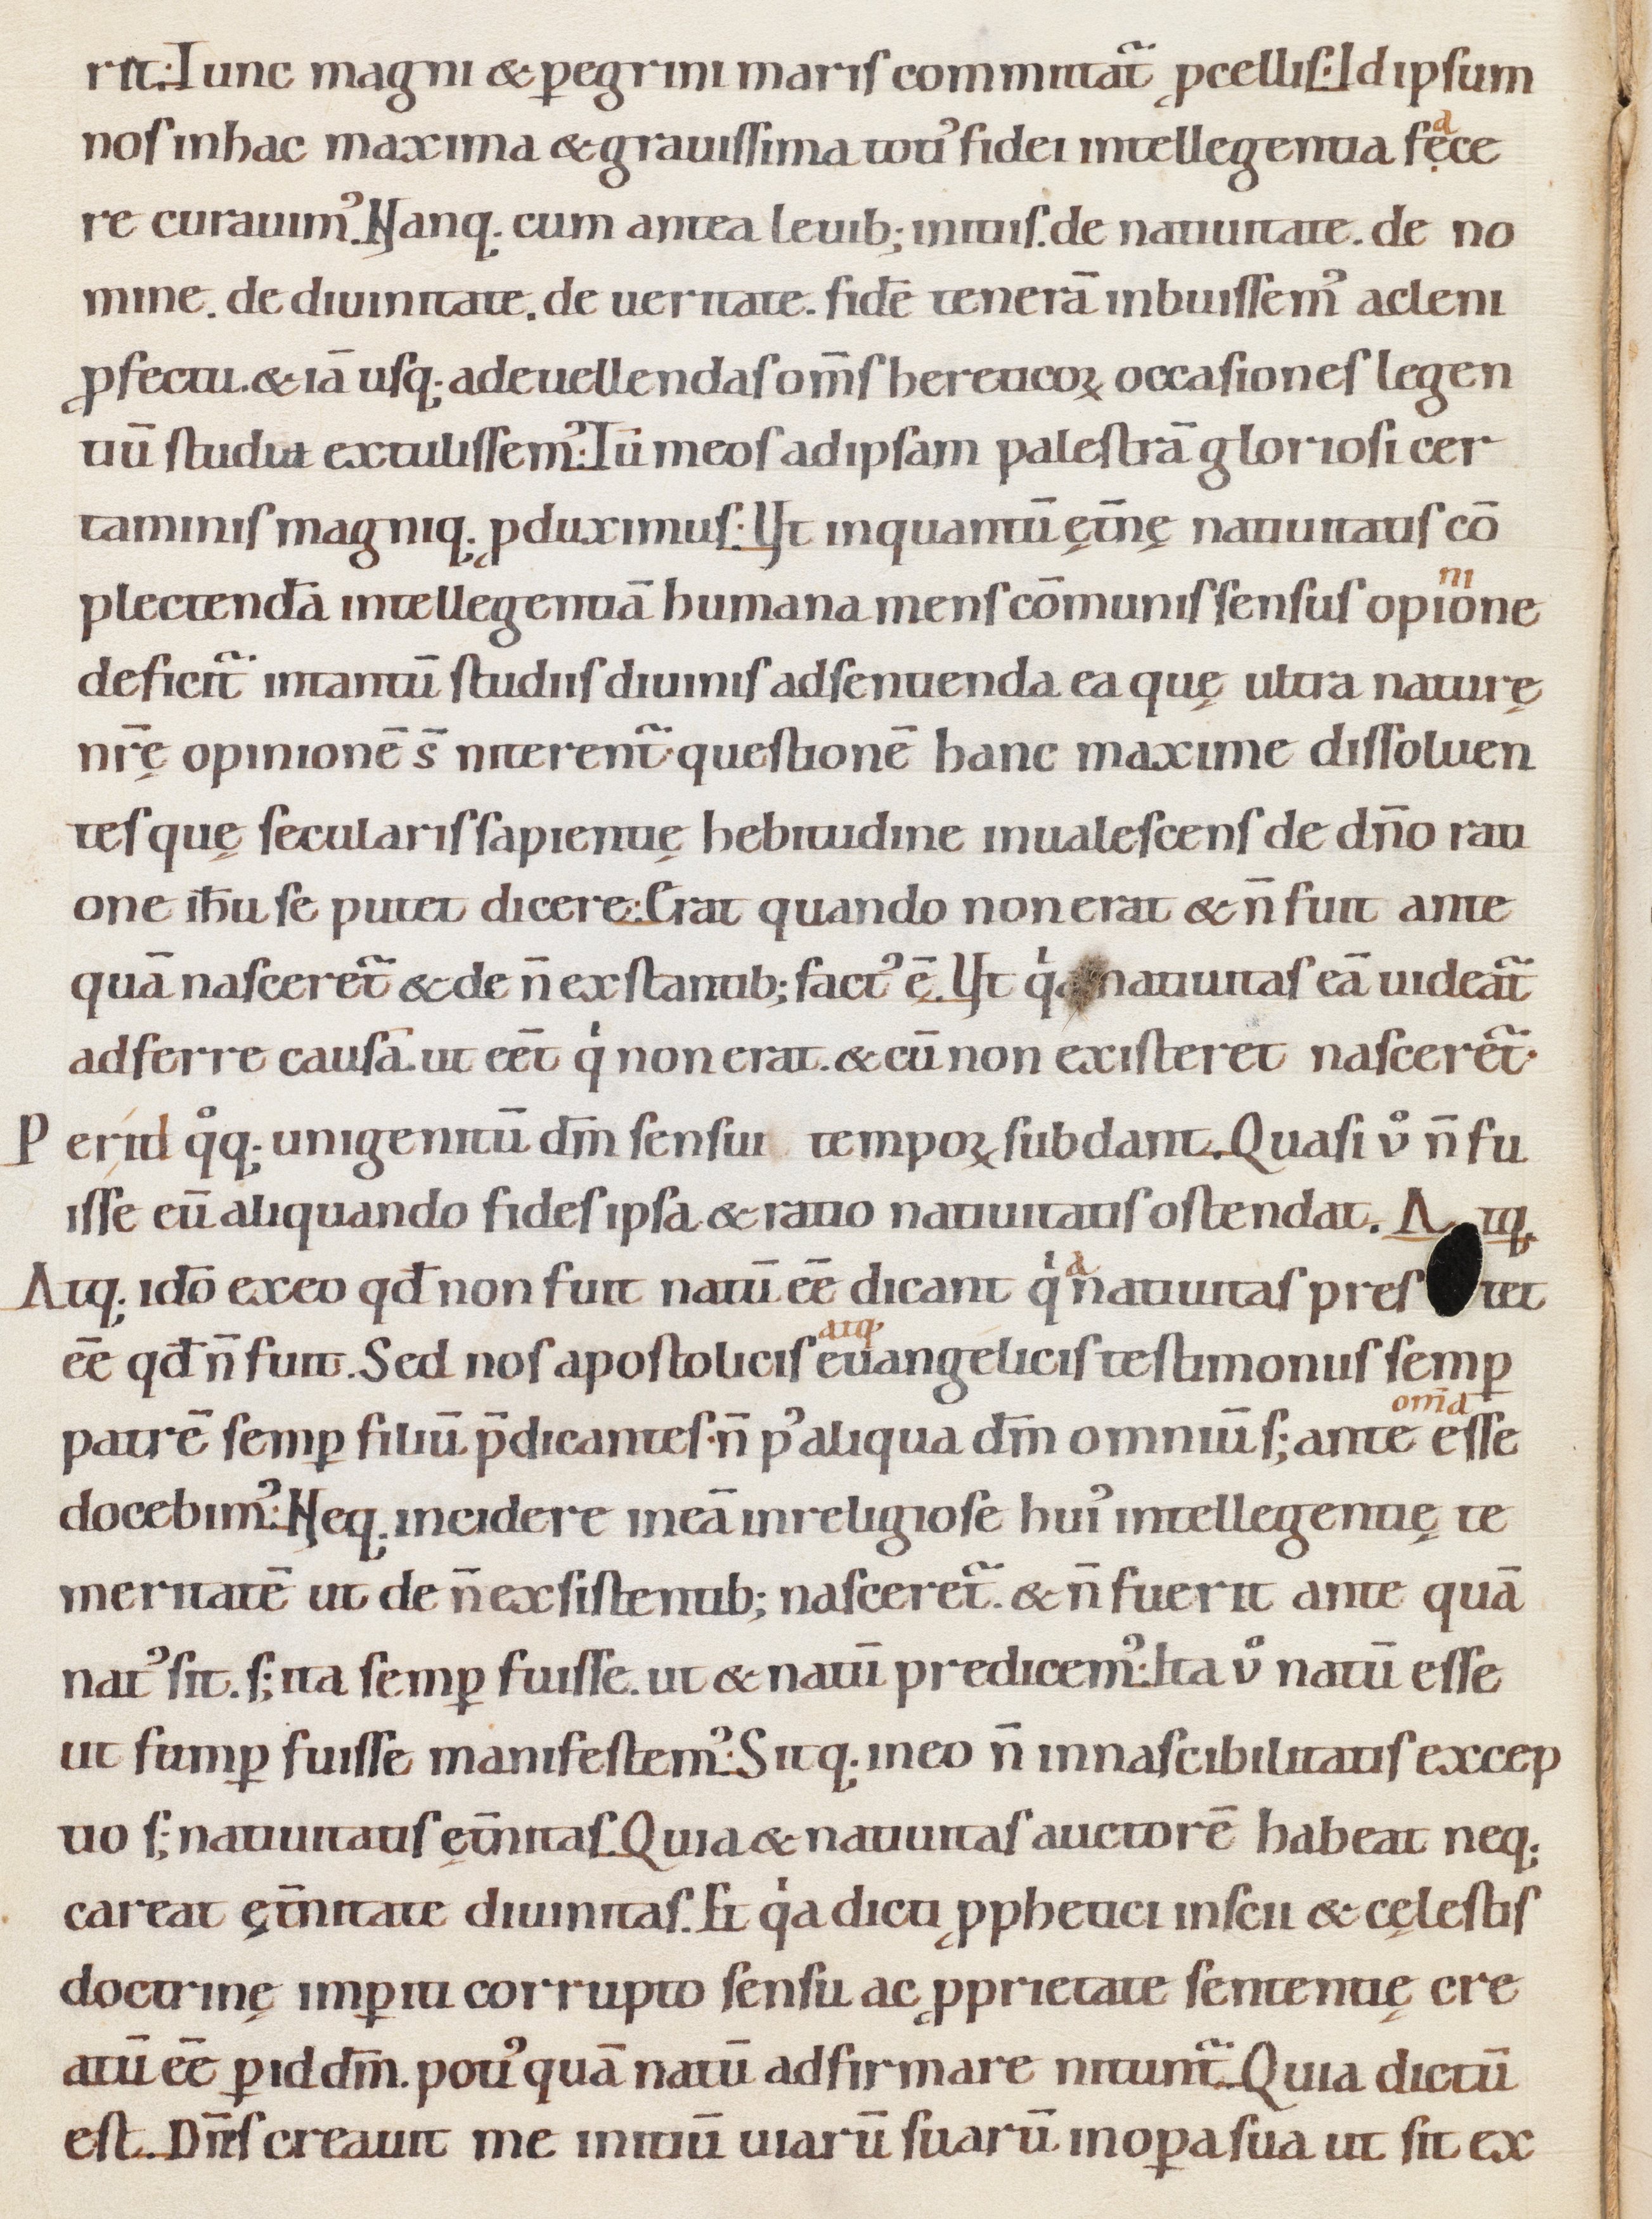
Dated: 1080–1096